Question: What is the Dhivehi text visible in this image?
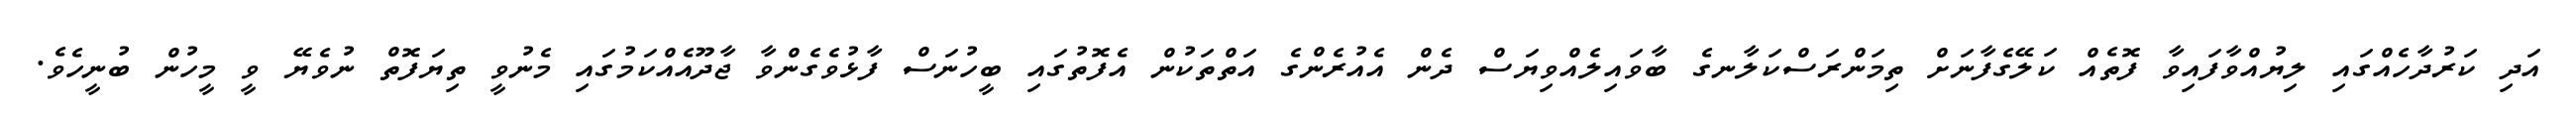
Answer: އަދި ކަރުދާހެއްގައި ލިޔުއްވާފައިވާ ފޮތެއް ކަލޭގެފާނަށް ތިމަންރަސްކަލާނގެ ބާވައިލެއްވިޔަސް ދެން އެއުރެންގެ އަތްތަކުން އެފޮތުގައި ބީހުނަސް ފާޅުވެގެންވާ ޖާދޫއެއްކަމުގައި މެނުވީ ތިޔަފޮތް ނުވެޔޭ ވީ މީހުން ބުނީހެވެ.